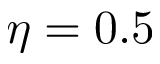
\eta = 0 . 5